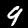
Label: 9